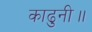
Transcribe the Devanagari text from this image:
काढुनी॥